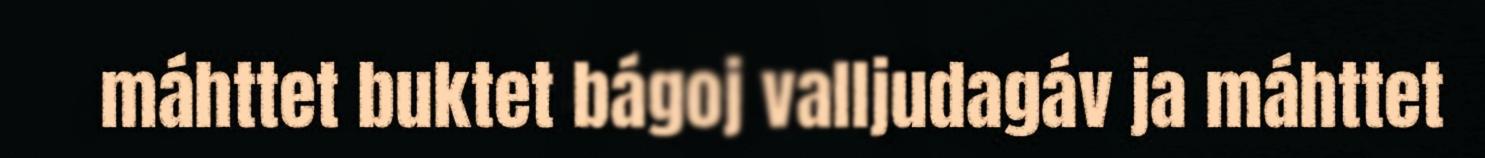
máhttet buktet bágoj valljudagáv ja máhttet